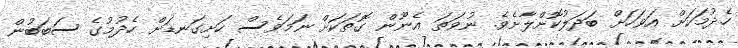
ހެދުމަކަށް އަވަހަށް ބަދަލުކޮށްލާށެވެ. ނުވަތަ އެނޫން ގޮތަކަށް ނަމަވެސް ހަށިގަނޑަށް ހެދުމުގެ ސަބަބުން